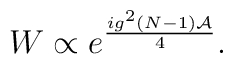
W \propto e^{ig^2 (N-1){\cal A}\over 4}.